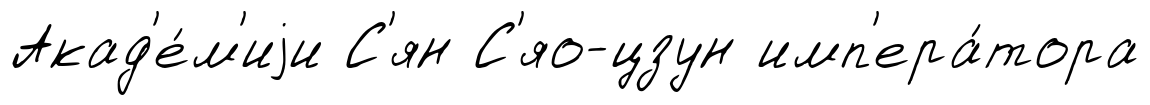
Акад'е́м'иjи С'ян С'яо-цзун имп'ера́тора